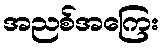
အညစ်အကြေး